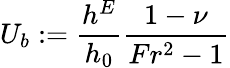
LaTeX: U_{b}:=\frac{h^{E}}{h_{0}}\frac{1-\nu}{Fr^{2}-1}